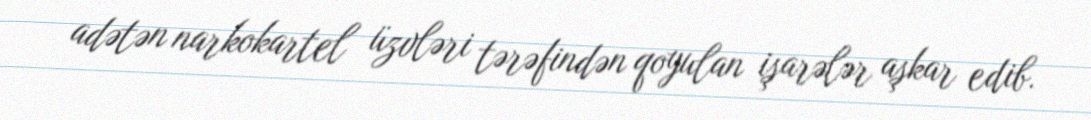
adətən narkokartel üzvləri tərəfindən qoyulan işarələr aşkar edib.